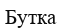
Бутка